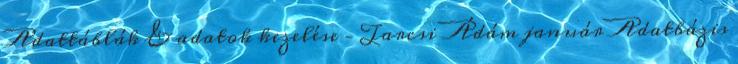
Adattáblák & adatok kezelése – Tarcsi Ádám január Adatbázis